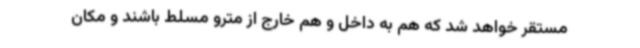
مستقر خواهد شد که هم به داخل و هم خارج از مترو مسلط باشند و مکان